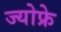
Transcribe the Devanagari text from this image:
ज्योफ्रे